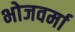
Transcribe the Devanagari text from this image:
भोजवर्मा